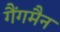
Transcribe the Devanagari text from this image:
गैंगमैन